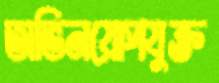
অভিনয়োপযুক্ত